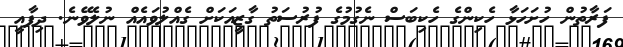
ފަރާތުން ހުށަހަޅާ ހެކިންގެ ހެކިބަސް ނެގުމުގެ ފުރުސަތު ގާޒީއަކަށް ގެއްލުވައެއް ނުލެވޭނެ. ދިފާއީ